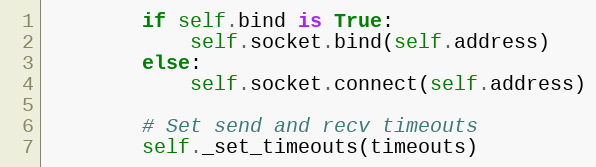
Language: Python
        if self.bind is True:
            self.socket.bind(self.address)
        else:
            self.socket.connect(self.address)

        # Set send and recv timeouts
        self._set_timeouts(timeouts)